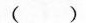
()